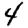
Digit: 4